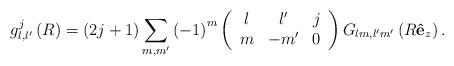
LaTeX: \begin{align*}g_{l,l^{\prime}}^{j}\left( R\right) =\left( 2j+1\right) \sum_{m,m^{\prime}}\left( -1\right) ^{m}\left(\begin{array}[c]{ccc}l & l^{\prime} & j\\m & -m^{\prime} & 0\end{array}\right) G_{lm,l^{\prime}m^{\prime}}\left( R\mathbf{\hat{e}}_{z}\right) .\end{align*}